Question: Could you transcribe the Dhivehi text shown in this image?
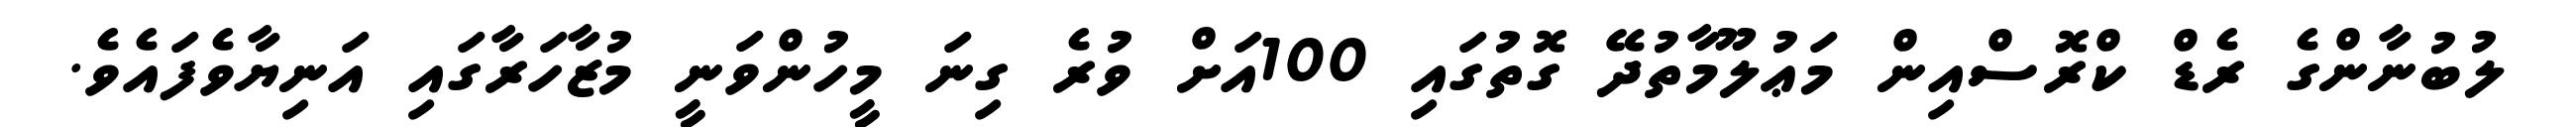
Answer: ލުބުނާންގެ ރެޑް ކްރޮސްއިން މަޢުލޫމާތުދޭ ގޮތުގައި 100އަށް ވުރެ ގިނަ މީހުންވަނީ މުޒާހަރާގައި އަނިޔާވެފައެވެ.